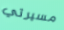
مسيرتي